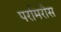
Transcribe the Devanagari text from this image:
परमिरीस